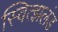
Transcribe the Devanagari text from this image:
स्वित्झलंड